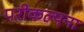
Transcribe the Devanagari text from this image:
परीकल्पना